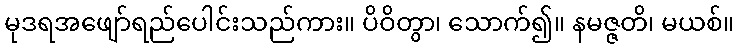
မုဒရအဖျော်ရည်ပေါင်းသည်ကား။ ပိဝိတွာ၊ သောက်၍။ နမဇ္ဇတိ၊ မယစ်။